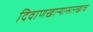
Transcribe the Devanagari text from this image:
दिवाणखान्यासारखाच